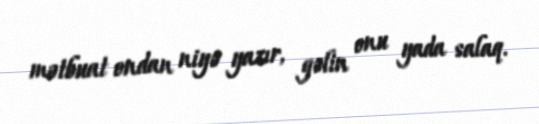
mətbuat ondan niyə yazır, gəlin onu yada salaq.